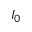
I _ { 0 }